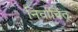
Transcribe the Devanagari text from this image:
निर्वाचित्